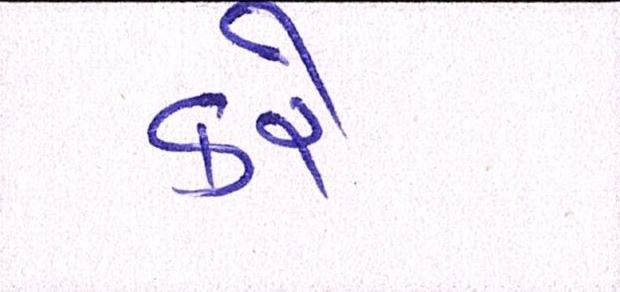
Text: કરેઃ